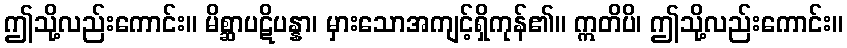
ဤသို့လည်းကောင်း။ မိစ္ဆာပဋိပန္နာ၊ မှားသောအကျင့်ရှိကုန်၏။ ဣတိပိ၊ ဤသို့လည်းကောင်း။